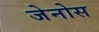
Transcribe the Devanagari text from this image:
जेनोस